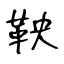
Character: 鞅